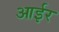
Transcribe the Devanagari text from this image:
आईर